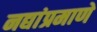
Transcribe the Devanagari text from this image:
नद्यांप्रमाणे